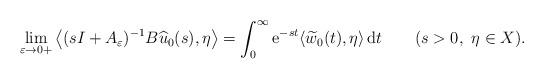
LaTeX: \begin{align*}\displaystyle\lim_{\varepsilon \to 0+}\left\langle (sI+A_\varepsilon)^{-1} B\widehat u_0(s),\eta\right\rangle= \int_0^\infty {\rm e}^{-s t}\langle \widetilde w_0(t),\eta\rangle \, {\rm d}t\qquad(s>0,\ \eta\in X).\end{align*}